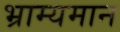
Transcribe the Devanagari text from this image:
भ्राम्यमान